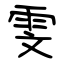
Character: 雯